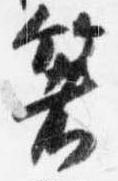
箸